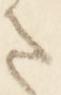
ま